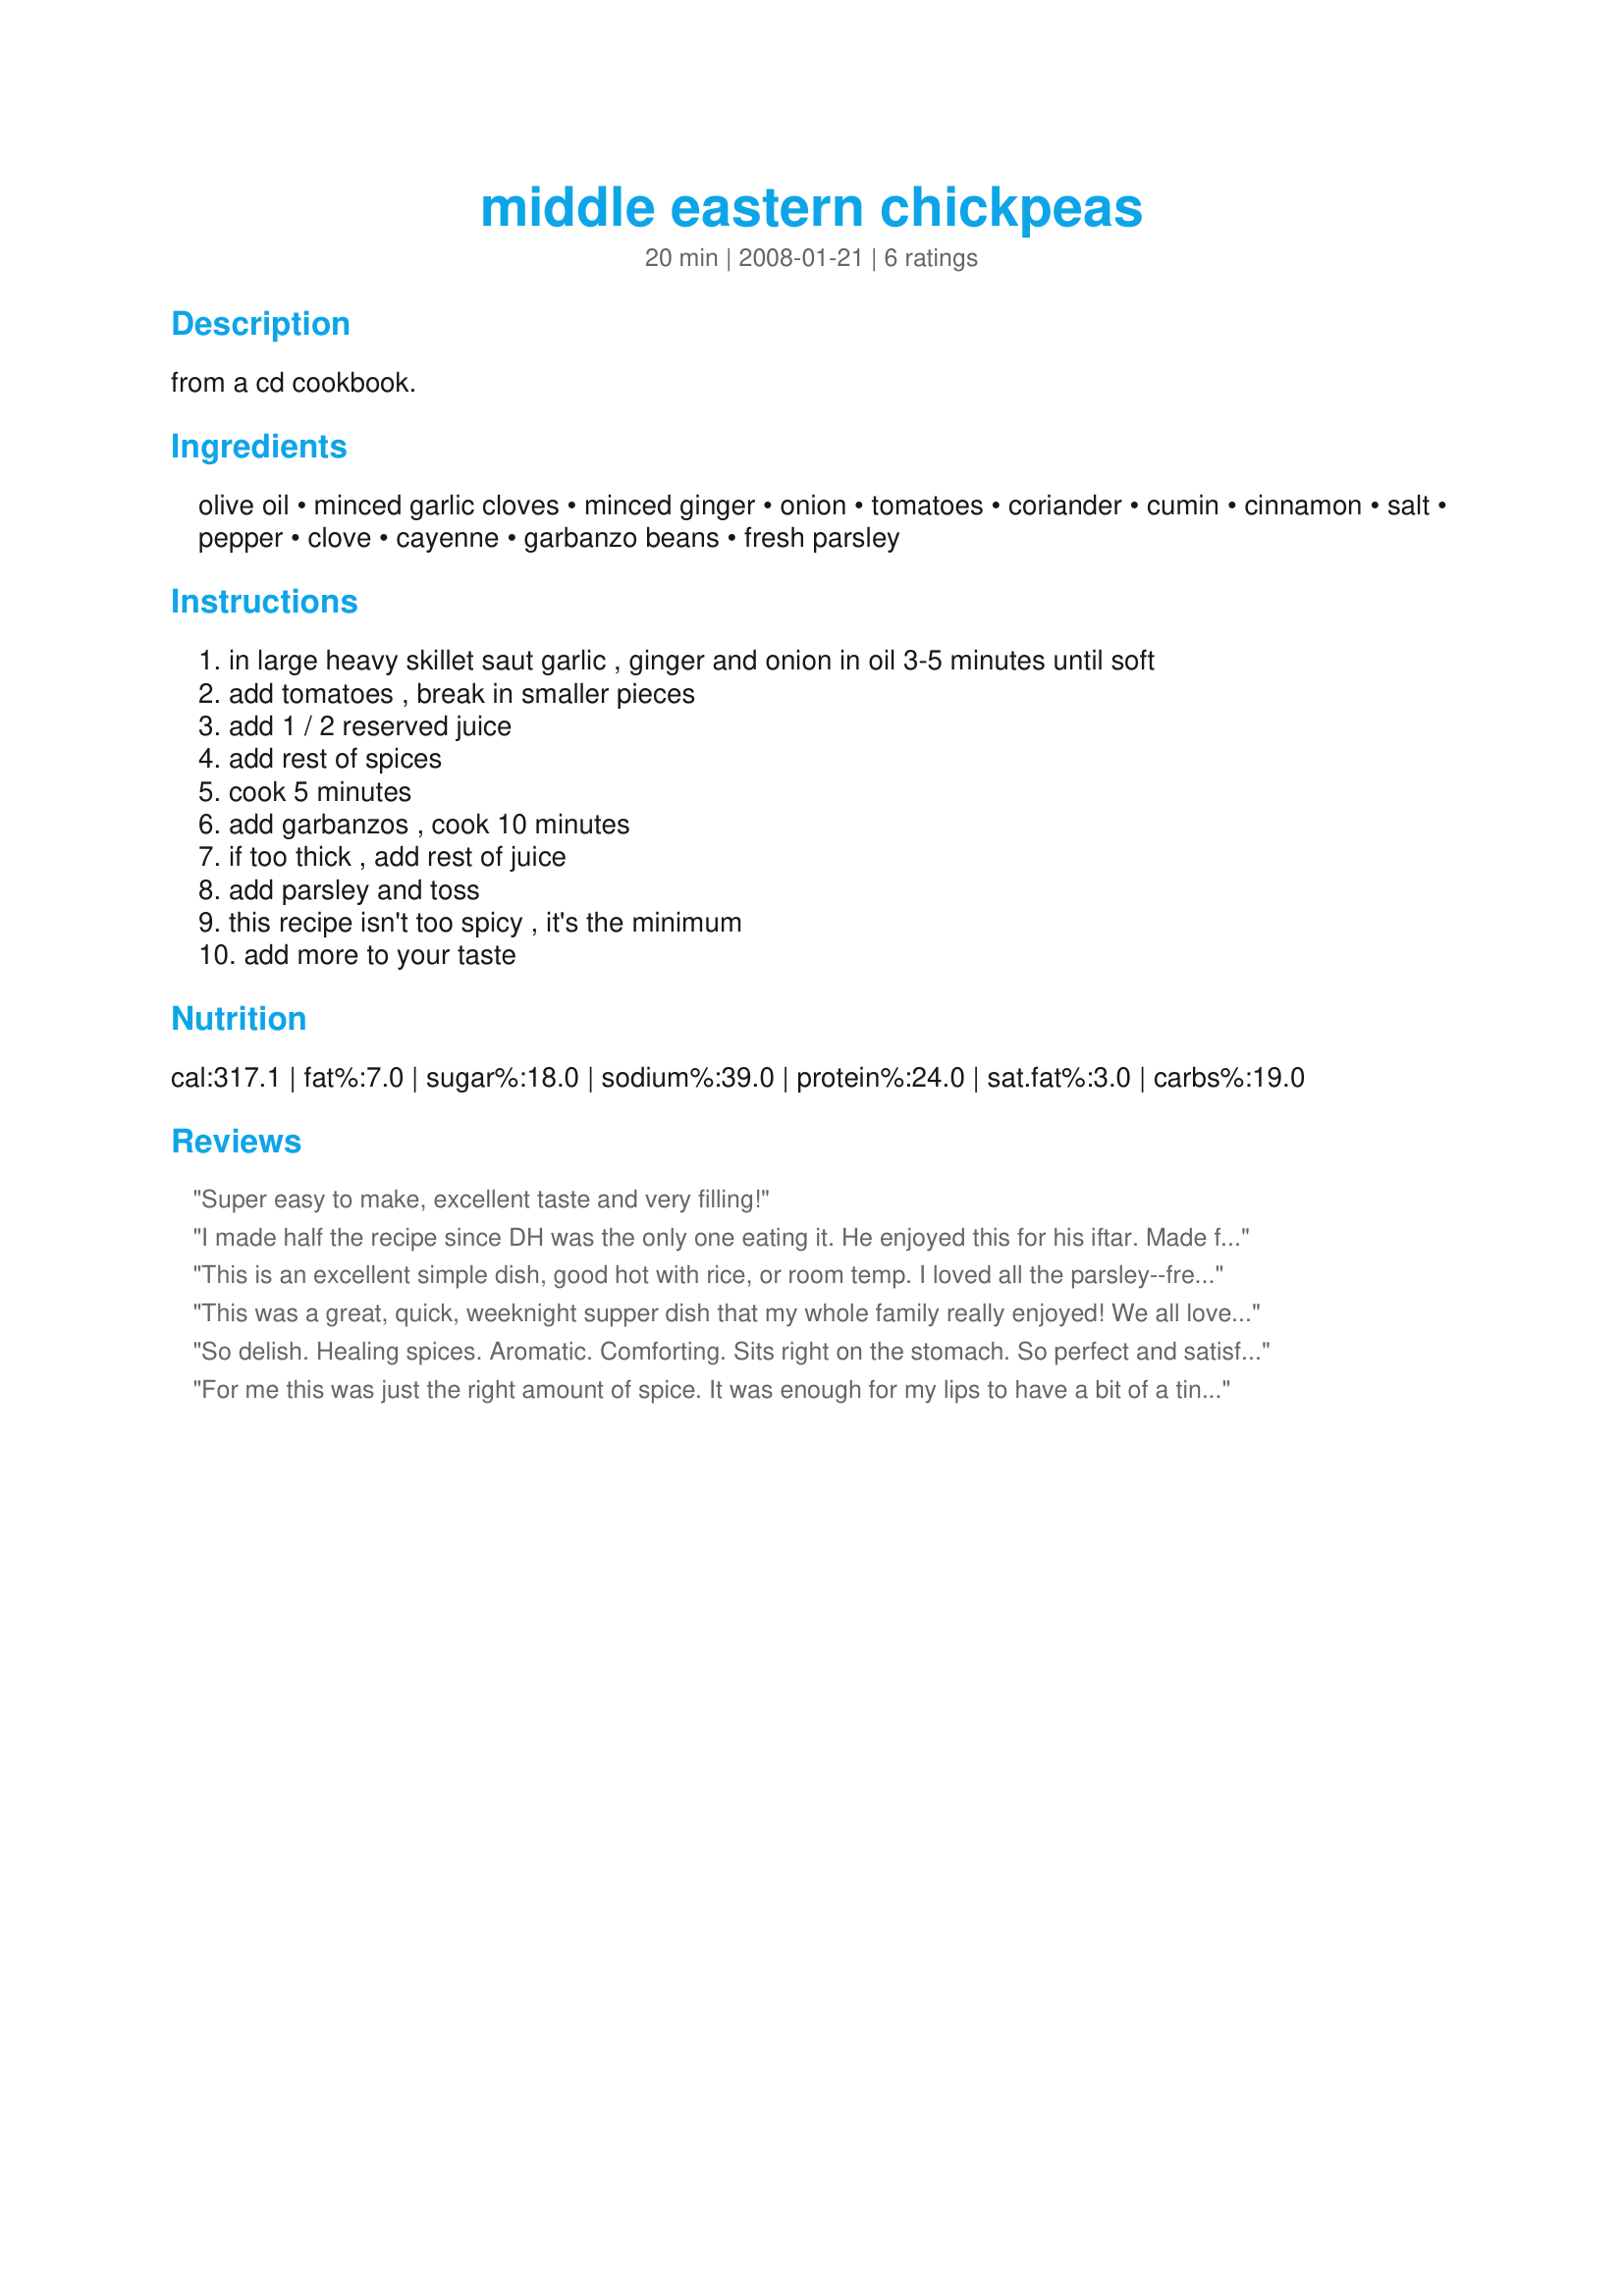
middle eastern chickpeas
Preparation time: 20 minutes

from a cd cookbook.

Ingredients:
olive oil, minced garlic cloves, minced ginger, onion, tomatoes, coriander, cumin, cinnamon, salt, pepper, clove, cayenne, garbanzo beans, fresh parsley

Steps:
in large heavy skillet saut garlic , ginger and onion in oil 3-5 minutes until soft
add tomatoes , break in smaller pieces
add 1 / 2 reserved juice
add rest of spices
cook 5 minutes
add garbanzos , cook 10 minutes
if too thick , add rest of juice
add parsley and toss
this recipe isn't too spicy , it's the minimum
add more to your taste

Reviews:
Super easy to make, excellent taste and very filling!
I made half the recipe since DH was the only one eating it. He enjoyed this for his iftar. Made for Ramadan Tag
This is an excellent simple dish, good hot with rice, or room temp. I loved all the parsley--fresh flat leaf from the garden. Thanks, Julie!
This was a great, quick, weeknight supper dish that my whole family really enjoyed! We all love garbanzo beans and Middle Eastern flavors so assumed that we would like this as well. Usually we eat garbanzos cold so I wasn't sure if everyone would like the hot dish and as my husband is a real carnivore I was worried about the "vegetarian" supper but all were completely satisfied and asking for it again! Did I mention that it was so easy to toss together! Thanks Julie for a keeper.
So delish. Healing spices. Aromatic. Comforting. Sits right on the stomach. So perfect and satisfying
For me this was just the right amount of spice. It was enough for my lips to have a bit of a tingle but not to blow my head off. I skipped the oil and used a fat free cooking spray to soften the onions but other than that stuck to everything as written and enjoyed it a lot. Made for ZWT4.
